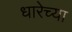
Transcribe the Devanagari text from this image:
धारेच्या